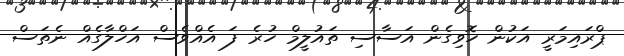
ޕްރައިމަރީ އަކުން ހޮވިގެން އަސާސި ތައުލީމް ހުރެ ފަ އެއްވެސް އަހްލާގެއް ނެތަސް